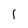
Character: i